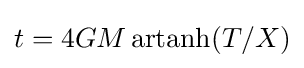
t=4GM\mathop {\mathrm {artanh} } (T/X)